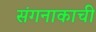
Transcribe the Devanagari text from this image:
संगनाकाची